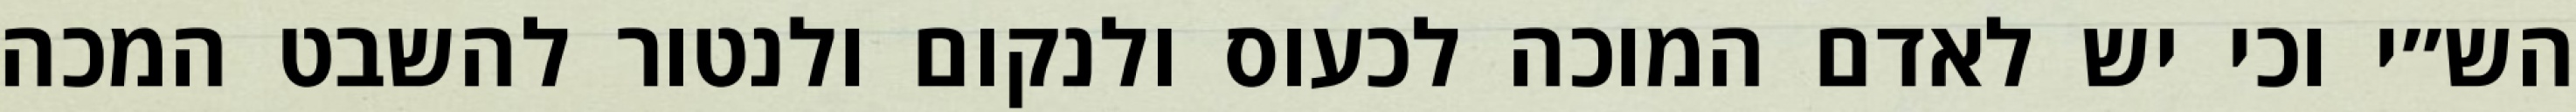
הש״י וכי יש לאדם המוכה לכעוס ולנקום ולנטור להשבט המכה